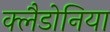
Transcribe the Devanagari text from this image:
क्लैडोनिया